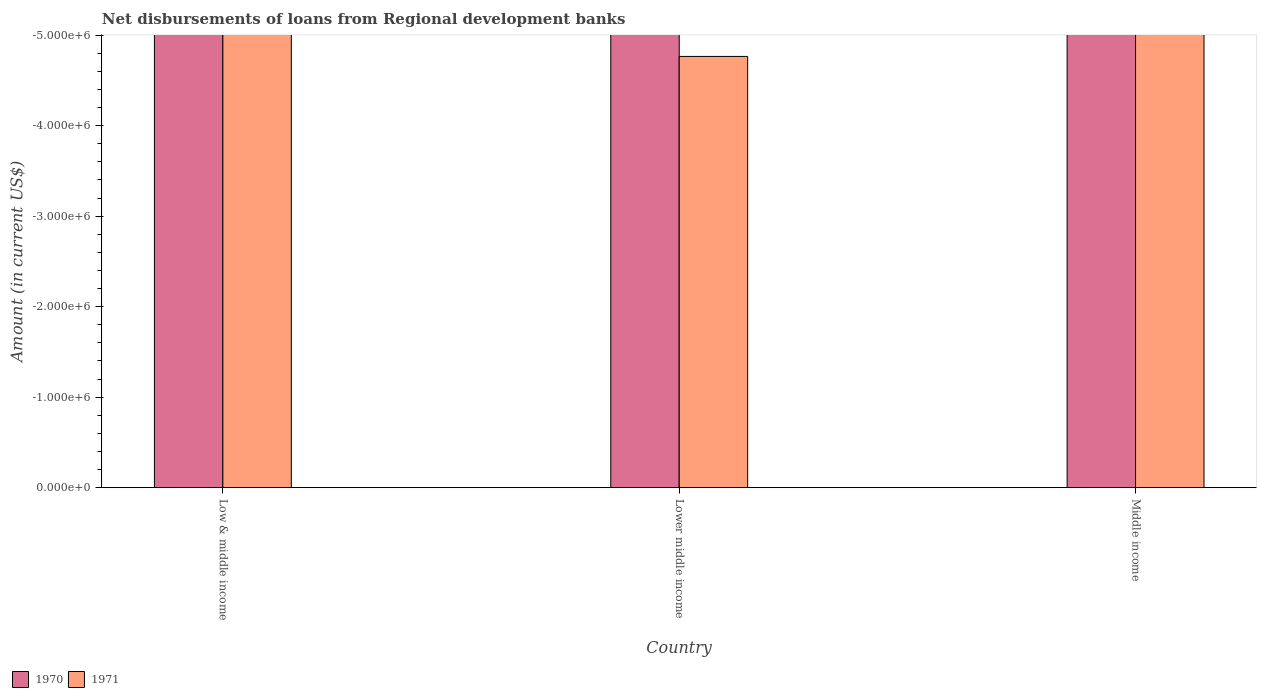
| Country | 1970 | 1971 |
 | --- | --- | --- |
 | Low & middle income | -2.02e+08 | -1.57e+07 |
 | Lower middle income | -2.02e+08 | -4.76e+06 |
 | Middle income | -2.02e+08 | -1.22e+07 |